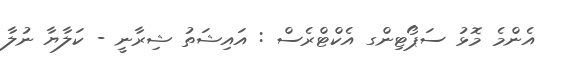
އެންމެ މޮޅު ސަޕޯޓިންގ އެކްޓްރެސް : އައިޝަތު ޝިރާނީ - ކަލާޔާ ނުލާ